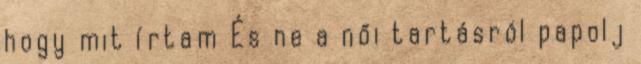
hogy mit írtam És ne a női tartásról papolj